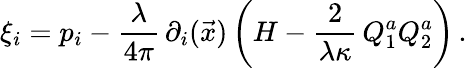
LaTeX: \xi_{i}=p_{i}-{\frac{\lambda}{4\pi}}\, \partial_{i}(\vec{x})\left(H-{\frac{2}{\lambda\kappa}}\, Q_{1}^{a}Q_{2}^{a}\right)\, .